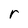
Character: r